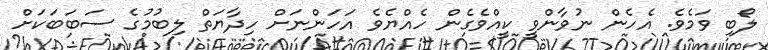
ލޯބި ވަމެވެ. އެހެން ނުވާންވީ ކީއްވެގެން ހެއްޔެވެ އަހަންނަށް ހިދާޔަތް ލިބުމުގެ ސަބަބަކަށް